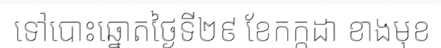
ទៅបោះឆ្នោតថ្ងៃទី២៩ ខែកក្កដា ខាងមុខ